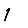
Digit: 1